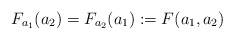
\begin{align*} F_{a_{1}}(a_{2}) = F_{a_{2}}(a_{1}) := F(a_{1}, a_{2}) \end{align*}